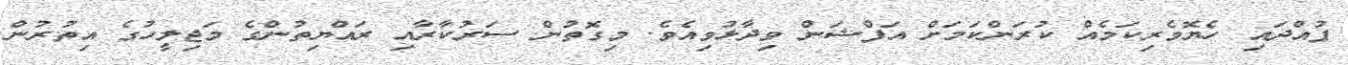
ފުއްދައި ހެޔޮވެރިކަމެއް ކުރަންކަމަށް އަފްޝަން ވިދާޅުވިއެވެ. މިގޮތުން ސަރުކާރާއި ރައްޔިތުންގެ މަޖިލީހުގެ އިތުރުން